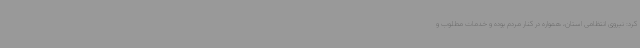
کرد: نیروی انتظامی استان، همواره در کنار مردم بوده و خدمات مطلوب و